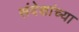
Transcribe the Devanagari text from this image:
संदेशांच्या